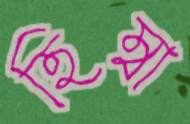
হিম্বা